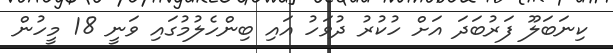
ކިނަބަލޫ ފަރުބަދަ އަށް ހުކުރު ދުވަހު އައި ބިންހެލުމުގައި ވަނީ 18 މީހުން